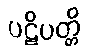
ပဋိပတ္တိ